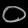
Digit: ၀